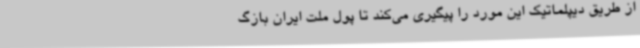
از طریق دیپلماتیک این مورد را پیگیری می‌کند تا پول ملت ایران بازگ